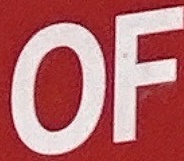
OF